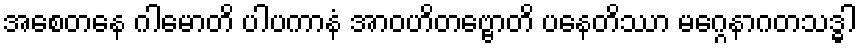
အစေတနေ ဂါမောတိ ပါပကာနံ အာဝဟိတဗ္ဗောတိ ပနေတိဿာ မဂ္ဂေနာဂတသဒ္ဓါ